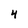
Character: 4